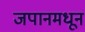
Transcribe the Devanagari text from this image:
जपानमधून